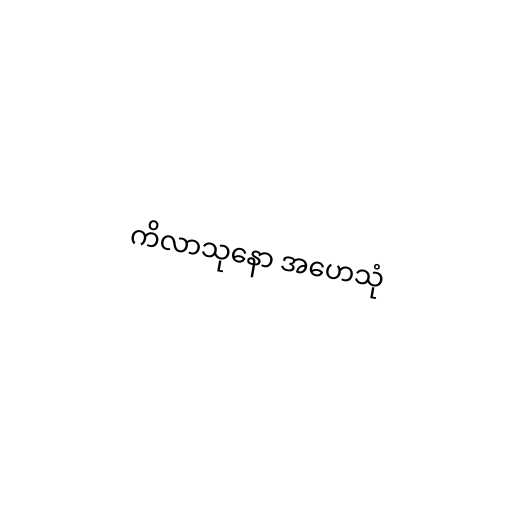
ကိလာသုနော အဟေသုံ